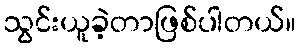
သွင်းယူခဲ့တာဖြစ်ပါတယ်။